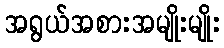
အရွယ်အစားအမျိုးမျိုး